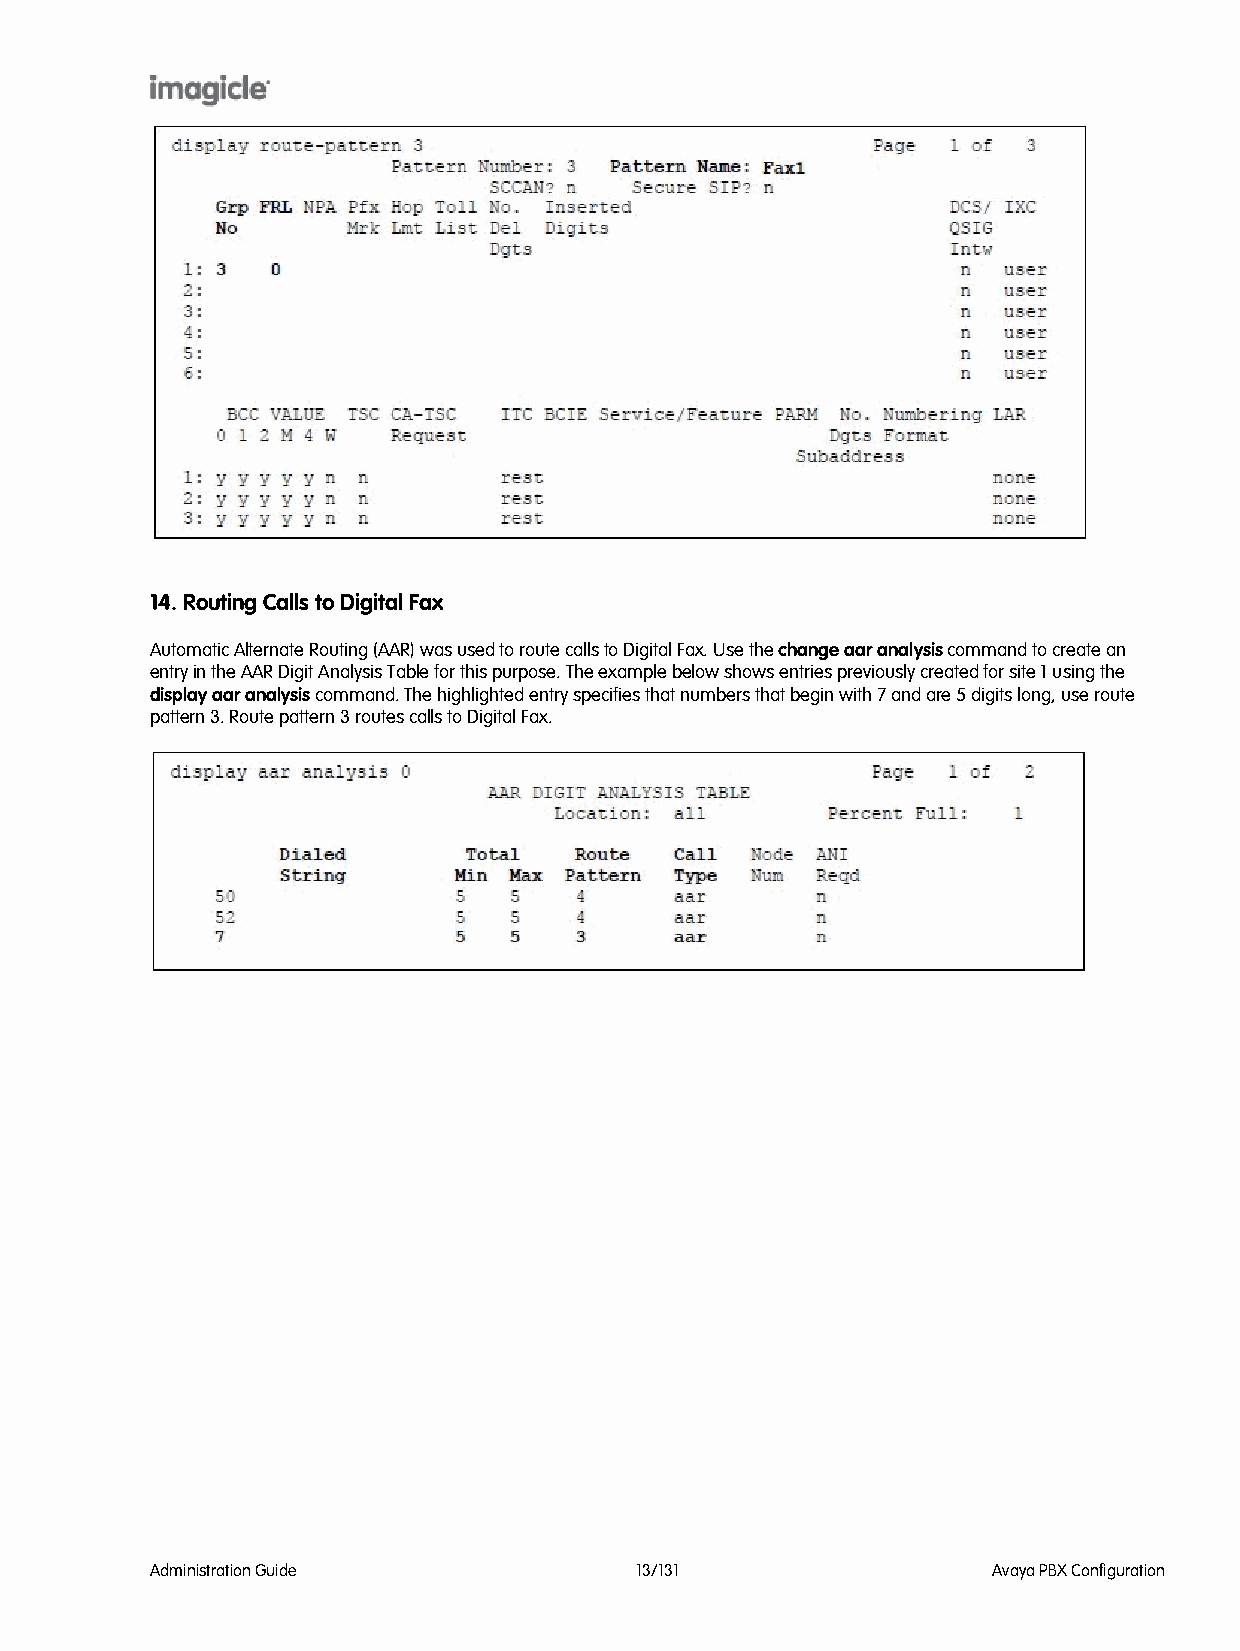
14. Routing Calls to Digital Fax
 Automatic Alternate Routing (AAR) was used to route calls to Digital Fax. Use the change aar analysis command to create an
 entry in the AAR Digit Analysis Table for this purpose. The example below shows entries previously created for site 1 using the
 display aar analysis command. The highlighted entry specifies that numbers that begin with 7 and are 5 digits long, use route
 pattern 3. Route pattern 3 routes calls to Digital Fax.
 Administration Guide            13/131                  Avaya PBX Configuration